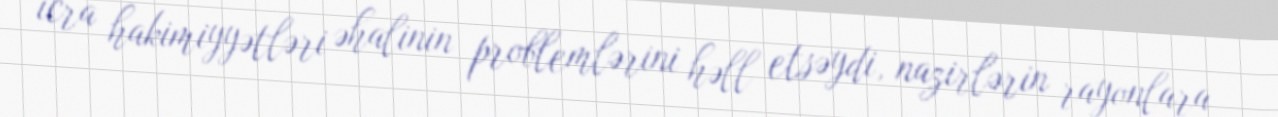
icra hakimiyyətləri əhalinin problemlərini həll etsəydi, nazirlərin rayonlara